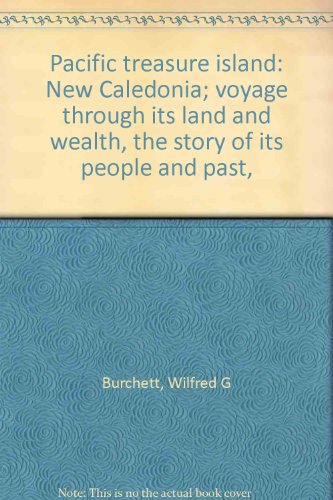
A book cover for Pacific Treasure Island, New Caledonia; Voyage through its land and wealth, the story of its people and past; Wilfred G. Burchett; Travel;